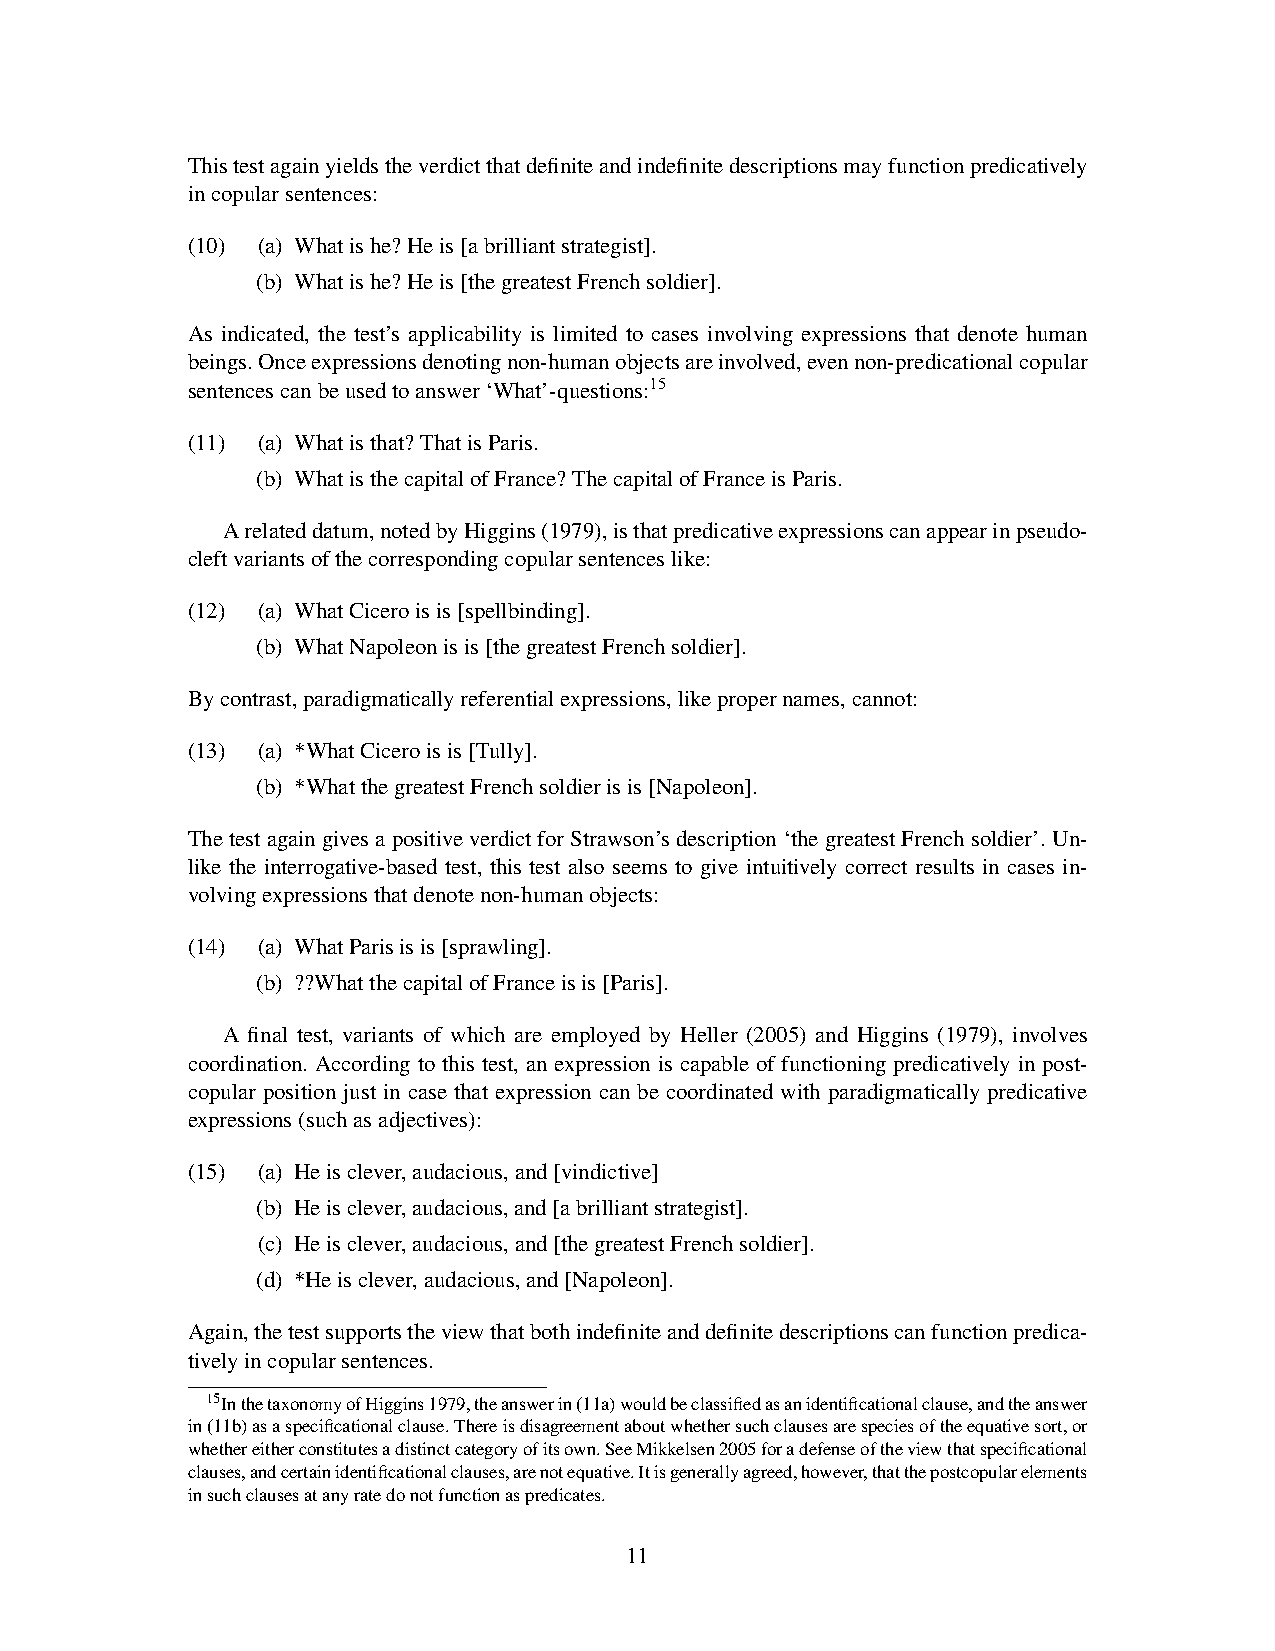
Thistestagainyieldstheverdictthatdefiniteandindefinitedescriptionsmayfunctionpredicatively
 incopularsentences:
 (10) (a) Whatishe?Heis[abrilliantstrategist].
 (b) Whatishe?Heis[thegreatestFrenchsoldier].
 As indicated, the test’s applicability is limited to cases involving expressions that denote human
 beings.Onceexpressionsdenotingnon-humanobjectsareinvolved,evennon-predicationalcopular
 sentencescanbeusedtoanswer‘What’-questions:15
 (11) (a) Whatisthat?ThatisParis.
 (b) WhatisthecapitalofFrance?ThecapitalofFranceisParis.
 Arelateddatum,notedbyHiggins(1979),isthatpredicativeexpressionscanappearinpseudo-
 cleftvariantsofthecorrespondingcopularsentenceslike:
 (12) (a) WhatCiceroisis[spellbinding].
 (b) WhatNapoleonisis[thegreatestFrenchsoldier].
 Bycontrast,paradigmaticallyreferentialexpressions,likepropernames,cannot:
 (13) (a) *WhatCiceroisis[Tully].
 (b) *WhatthegreatestFrenchsoldierisis[Napoleon].
 ThetestagaingivesapositiveverdictforStrawson’sdescription‘thegreatestFrenchsoldier’.Un-
 like the interrogative-based test, this test also seems to give intuitively correct results in cases in-
 volvingexpressionsthatdenotenon-humanobjects:
 (14) (a) WhatParisisis[sprawling].
 (b) ??WhatthecapitalofFranceisis[Paris].
 A final test, variants of which are employed by Heller (2005) and Higgins (1979), involves
 coordination. According to this test, an expression is capable of functioning predicatively in post-
 copular position just in case that expression can be coordinated with paradigmatically predicative
 expressions(suchasadjectives):
 (15) (a) Heisclever,audacious,and[vindictive]
 (b) Heisclever,audacious,and[abrilliantstrategist].
 (c) Heisclever,audacious,and[thegreatestFrenchsoldier].
 (d) *Heisclever,audacious,and[Napoleon].
 Again,thetestsupportstheviewthatbothindefiniteanddefinitedescriptionscanfunctionpredica-
 tivelyincopularsentences.
 15InthetaxonomyofHiggins1979,theanswerin(11a)wouldbeclassifiedasanidentificationalclause,andtheanswer
 in(11b)asaspecificationalclause.Thereisdisagreementaboutwhethersuchclausesarespeciesoftheequativesort,or
 whethereitherconstitutesadistinctcategoryofitsown.SeeMikkelsen2005foradefenseoftheviewthatspecificational
 clauses,andcertainidentificationalclauses,arenotequative.Itisgenerallyagreed,however,thatthepostcopularelements
 insuchclausesatanyratedonotfunctionaspredicates.
 11